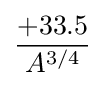
+33.5 \over A^{3/4}